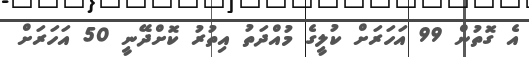
އެ ގޮތުން 99 އަހަރަށް ކުލީގެ މުއްދަތު އިތުރު ކޮށްދޭނީ 50 އަހަރަށް